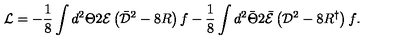
{ \mathcal { L } } = - \frac { 1 } { 8 } \int { d ^ { 2 } \Theta 2 { \mathcal { E } } \left( \bar { \mathcal { D } } ^ { 2 } - 8 R \right) f } - \frac { 1 } { 8 } \int { d ^ { 2 } \bar { \Theta } 2 \bar { \mathcal { E } } \left( { \mathcal { D } } ^ { 2 } - 8 R ^ { \dagger } \right) f } .